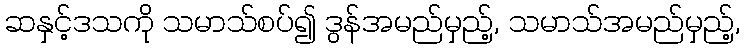
ဆနှင့်ဒသကို သမာသ်စပ်၍ ဒွန်အမည်မှည့်, သမာသ်အမည်မှည့်,